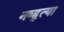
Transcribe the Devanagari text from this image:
नव्ह्त्या